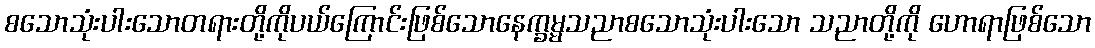
စသောသုံးပါးသောတရားတို့ကိုပယ်ကြောင်းဖြစ်သောနေက္ခမ္မသညာစသောသုံးပါးသော သညာတို့ကို ဟောရာဖြစ်သော